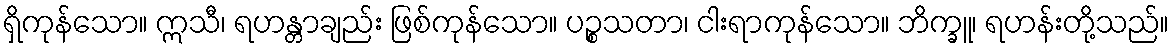
ရှိကုန်သော။ ဣသီ၊ ရဟန္တာချည်း ဖြစ်ကုန်သော။ ပဉ္စသတာ၊ ငါးရာကုန်သော။ ဘိက္ခူ၊ ရဟန်းတို့သည်။